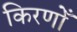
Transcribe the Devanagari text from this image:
किरणोँ